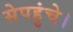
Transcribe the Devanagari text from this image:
सेपहुंचे।